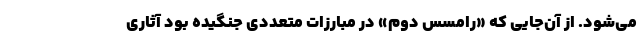
می‌شود. از آن‌جایی که «رامسس دوم» در مبارزات متعددی جنگیده بود آثاری